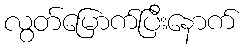
လွတ်မြောက်ပြီးနောက်